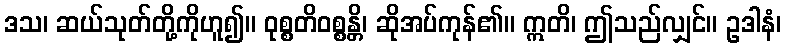
ဒသ၊ ဆယ်သုတ်တို့ကိုဟူ၍။ ဝုစ္စတိဝစ္စန္တိ၊ ဆိုအပ်ကုန်၏။ ဣတိ၊ ဤသည်လျှင်။ ဥဒါနံ၊